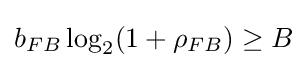
b_{FB}\log _{2}(1+\rho _{FB})\geq B